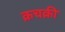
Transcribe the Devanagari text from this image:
क्रचक्री